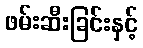
ဖမ်းဆီးခြင်းနှင့်